Pusta,_Kaarel_Robert, lk 81
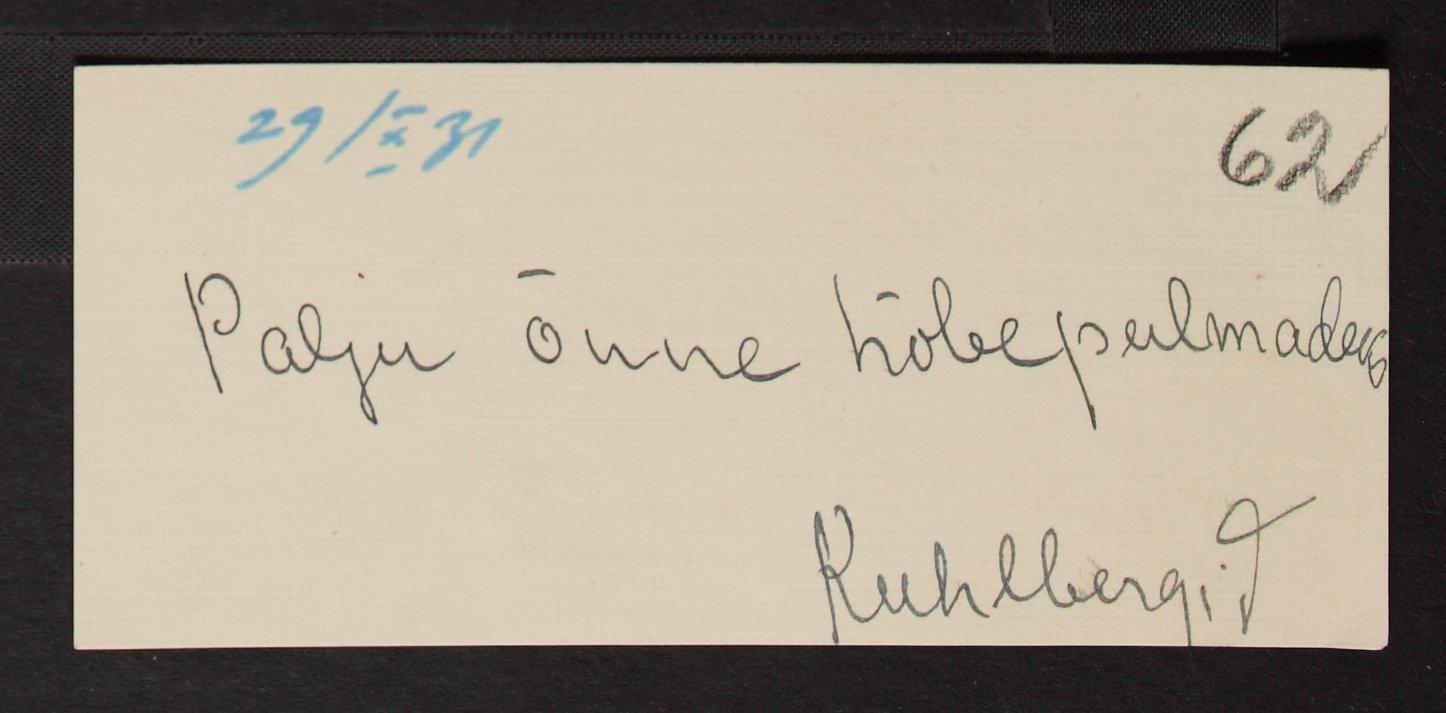
29/X 31
Palju õnne hõbepulmadeks
Kuhlbergid